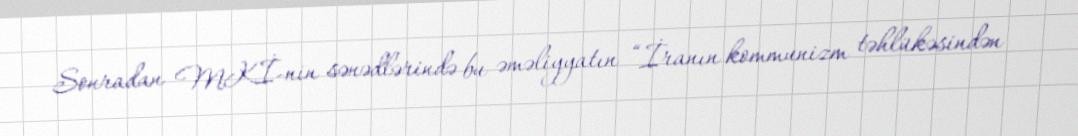
Sonradan MKİ-nin sənədlərində bu əməliyyatın “İranın kommunizm təhlükəsindən